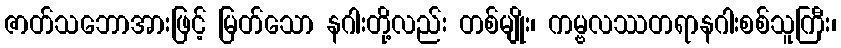
ဇာတ်သဘောအားဖြင့် မြတ်သော နဂါးတို့လည်း တစ်မျိုး၊ ကမ္ဗလဿတရာနဂါးစစ်သူကြီး၊